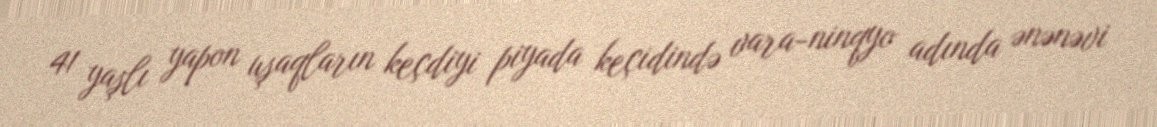
41 yaşlı yapon uşaqların keçdiyi piyada keçidində vara-ninqyo adında ənənəvi